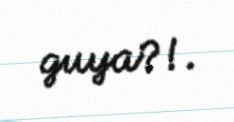
guya?!.